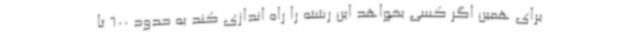
برای همین اگر کسی بخواهد این رشته را راه اندازی کند به حدود 600 تا